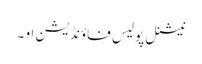
نیشنل پولیس فاؤنڈیشن او ۔